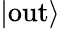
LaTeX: |\mathrm{out}\rangle